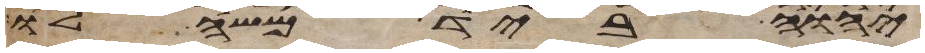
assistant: יהוה ביד משה לו